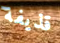
قذيفة